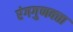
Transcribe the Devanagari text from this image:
रंगगुणवत्ता